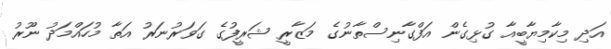
އަދި މިކާމިޔާބީއާ ގުޅިގެން އަފްގާނިސްތާނުގެ މަޒާރީ ޝަރީފުގެ ގަވަރުނަރު އަތާ މުހައްމަދު ނޫރު